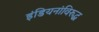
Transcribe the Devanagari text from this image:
इंडियनांविरुद्ध